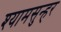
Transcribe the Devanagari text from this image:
श्यामसुन्हर